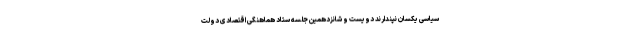
سیاسی یکسان نپندارند دویست و شانزدهمین جلسه ستاد هماهنگی اقتصادی دولت